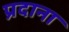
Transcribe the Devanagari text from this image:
प्रदाना